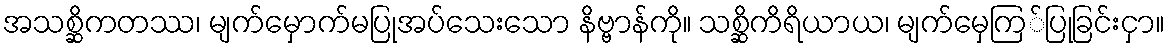
အသစ္ဆိကတဿ၊ မျက်မှောက်မပြုအပ်သေးသော နိဗ္ဗာန်ကို။ သစ္ဆိကိရိယာယ၊ မျက်မှေကြ်ပြုခြင်းငှာ။